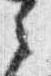
之